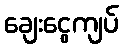
ချေးငွေကျပ်